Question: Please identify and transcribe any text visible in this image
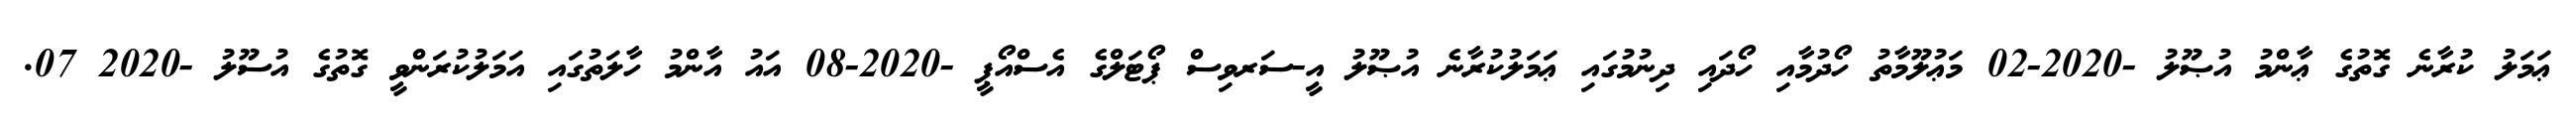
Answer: ޢަމަލު ކުރާނެ ގޮތުގެ ޢާންމު އުޞޫލު -2020-02 މަޢުލޫމާތު ހޯދުމާއި ހޯދައި ދިނުމުގައި ޢަމަލުކުރާނެ އުޞޫލު އީ-ސަރވިސް ޕޯޓަލްގެ އެސްއޯޕީ -2020-08 އައު އާންމު ހާލަތުގައި އަމަލުކުރަންވީ ގޮތުގެ އުސޫލު -2020 07.